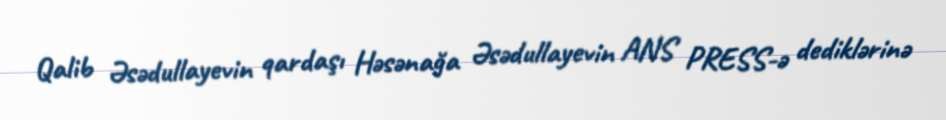
Qalib Əsədullayevin qardaşı Həsənağa Əsədullayevin ANS PRESS-ə dediklərinə